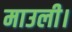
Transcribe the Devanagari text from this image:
माउली।